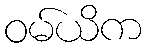
ဝမ်ယိက